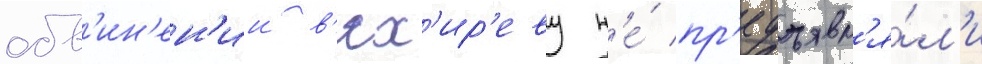
обв'ин'ен'ии в'ях'ир'еву н'е́ пр'едъявл'я́л'и